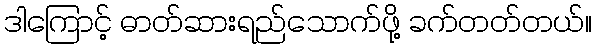
ဒါကြောင့် ဓာတ်ဆားရည်သောက်ဖို့ ခက်တတ်တယ်။